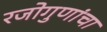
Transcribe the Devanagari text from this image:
रजोगुणांचा